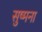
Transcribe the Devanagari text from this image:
सुष्मना